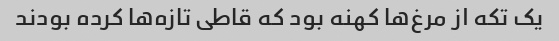
یک تکه از مرغ‌ها کهنه بود که قاطی تازه‌ها کرده بودند